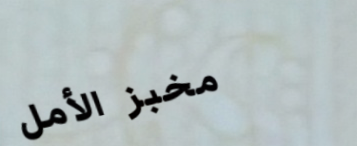
مخبز الأمل